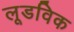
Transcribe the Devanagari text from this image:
लूडविक